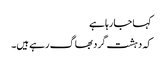
کہا جا رہا ہے
کہ دہشت گرد بھاگ رہے ہیں۔